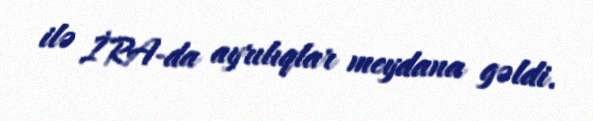
ilə İRA-da ayrılıqlar meydana gəldi.